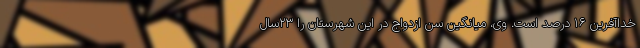
خداآفرین ۱۶ درصد است. وی، میانگین سن ازدواج در این شهرستان را ۲۳سال